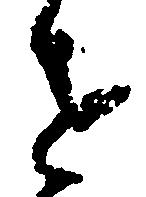
せ